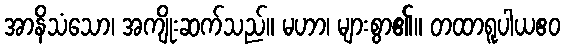
အာနိသံသော၊ အကျိုးဆက်သည်။ မဟာ၊ များစွာ၏။ တထာရူပါယဧဝ